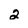
Character: 2